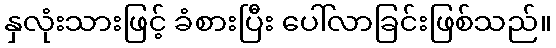
နှလုံးသားဖြင့် ခံစားပြီး ပေါ်လာခြင်းဖြစ်သည်။